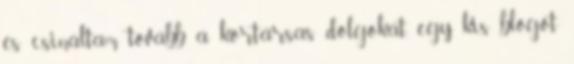
és csináltam tovább a kortársas dolgokat, egy kis blogot